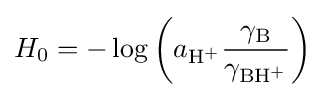
H_{0}=-\log \left(a_{{\ce {H^+}}}{\frac {\gamma _{{\ce {B}}}}{\gamma _{{\ce {BH^+}}}}}\right)